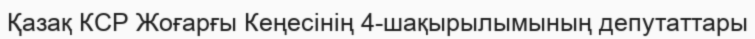
Қазақ КСР Жоғарғы Кеңесінің 4-шақырылымының депутаттары